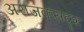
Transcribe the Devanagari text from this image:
अराजकसदृश